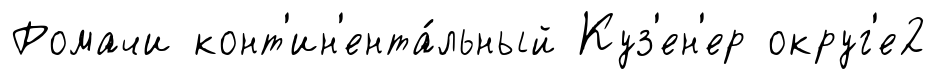
Ромачи конт'ин'ента́льный Куз'ен'ер округ'е2